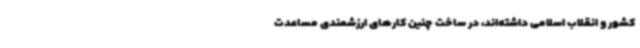
کشور و انقلاب اسلامی داشته‌اند، در ساخت چنین کارهای ارزشمندی مساعدت